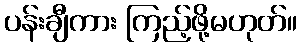
ပန်းချီကား ကြည့်ဖို့မဟုတ်။